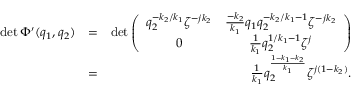
\begin{array} { r l r } { \operatorname* { d e t } \Phi { ' } ( q _ { 1 } , q _ { 2 } ) } & { = } & { \operatorname* { d e t } \left( \begin{array} { c c } { q _ { 2 } ^ { - k _ { 2 } / k _ { 1 } } \zeta ^ { - j k _ { 2 } } } & { \frac { - k _ { 2 } } { k _ { 1 } } q _ { 1 } q _ { 2 } ^ { - k _ { 2 } / k _ { 1 } - 1 } \zeta ^ { - j k _ { 2 } } } \\ { 0 } & { \frac { 1 } { k _ { 1 } } q _ { 2 } ^ { 1 / k _ { 1 } - 1 } \zeta ^ { j } } \end{array} \right) } \\ & { = } & { \frac { 1 } { k _ { 1 } } q _ { 2 } ^ { \frac { 1 - k _ { 1 } - k _ { 2 } } { k _ { 1 } } } \zeta ^ { j ( 1 - k _ { 2 } ) } . } \end{array}